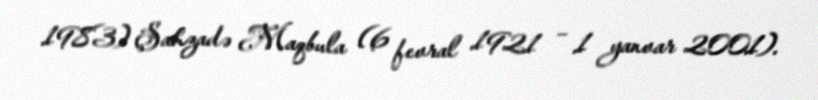
1983) Şahzadə Maqbula (6 fevral 1921 – 1 yanvar 2001).